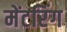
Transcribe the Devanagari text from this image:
मेंटरिंग